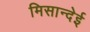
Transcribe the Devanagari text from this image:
मिसान्देई